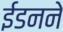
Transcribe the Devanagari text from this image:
ईडनने